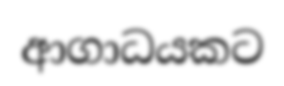
ආගාධයකට